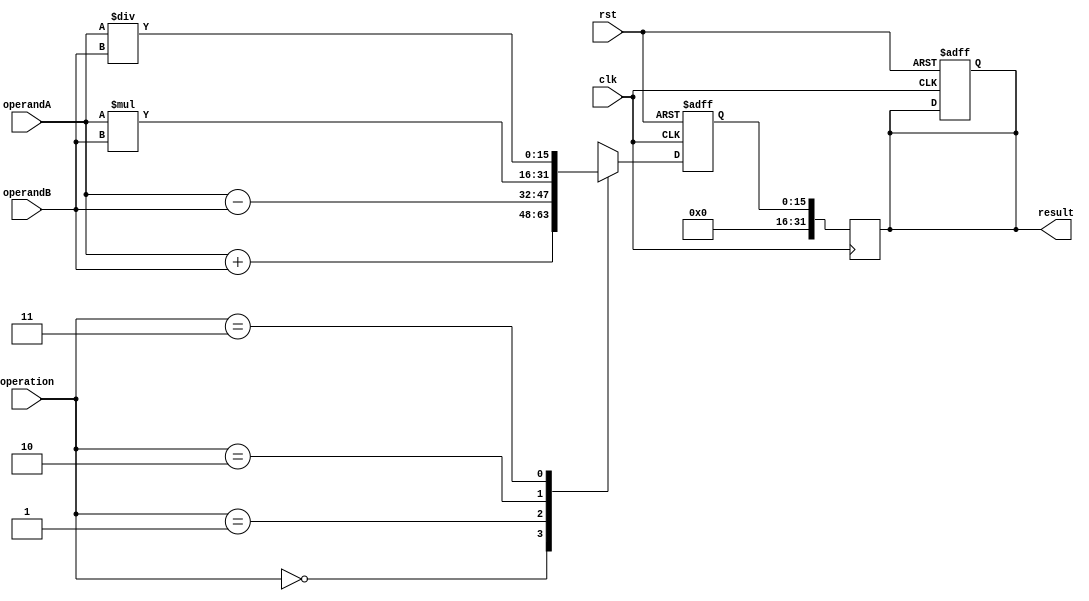
module fixed_point_floating_point_unit(
  input wire clk,
  input wire rst,
  input wire [15:0] operandA,
  input wire [15:0] operandB,
  input wire [1:0] operation,
  output reg [31:0] result
);

reg [15:0] intermediate_result;

always @(posedge clk or posedge rst) begin
  if (rst) begin
    result <= 0;
    intermediate_result <= 0;
  end else begin
    case(operation)
      2'b00: begin // addition
        intermediate_result <= operandA + operandB;
      end
      2'b01: begin // subtraction
        intermediate_result <= operandA - operandB;
      end
      2'b10: begin // multiplication
        intermediate_result <= operandA * operandB;
      end
      2'b11: begin // division
        intermediate_result <= operandA / operandB;
      end
    endcase
  end
end

always @(posedge clk) begin
  result <= intermediate_result;
end

endmodule